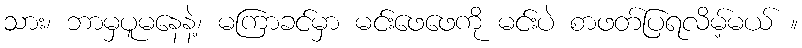
သား၊ ဘာမှပူမနေနဲ့၊ မကြာခင်မှာ မင်းဖေဖေကို မင်းပဲ စာဖတ်ပြရလိမ့်မယ် ။